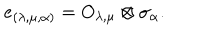
LaTeX: e _ { ( \lambda , \mu , \alpha ) } = O _ { \lambda , \mu } \otimes \sigma _ { \alpha } .